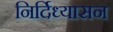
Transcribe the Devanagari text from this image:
निर्दिध्यासन